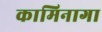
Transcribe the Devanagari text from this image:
कामिनागा